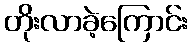
တိုးလာခဲ့ကြောင်း